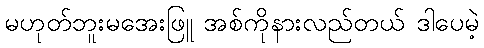
မဟုတ်ဘူးမအေးဖြူ အစ်ကိုနားလည်တယ် ဒါပေမဲ့